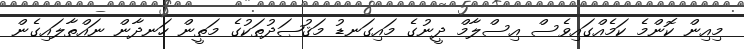
މިއިން ކޮންމެ ކަމެއްގައިވެސް އިސްލާމް ދީނުގެ މައިގަނޑު މަޤުޞަދުތަކުގެ މަތީން ހަނދާން ނައްތާލައިގެން